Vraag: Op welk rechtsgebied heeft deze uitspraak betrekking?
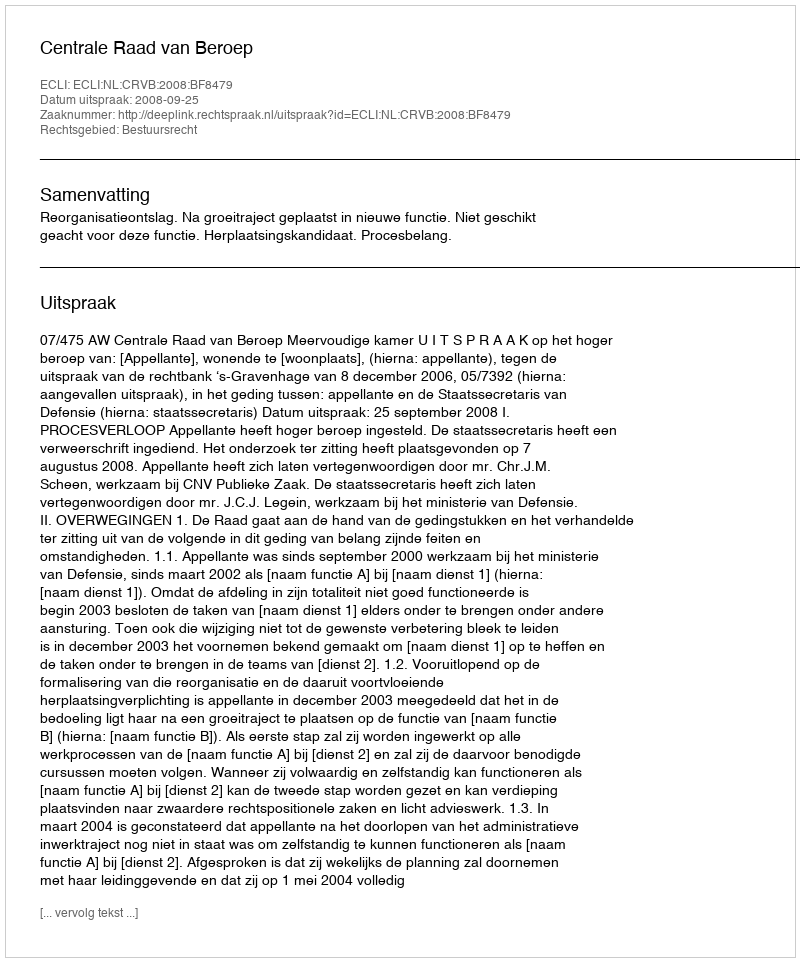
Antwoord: Bestuursrecht